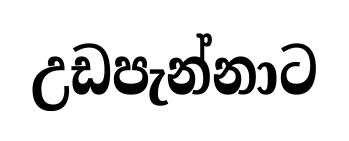
උඩපැන්නාට